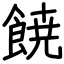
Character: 𩜙